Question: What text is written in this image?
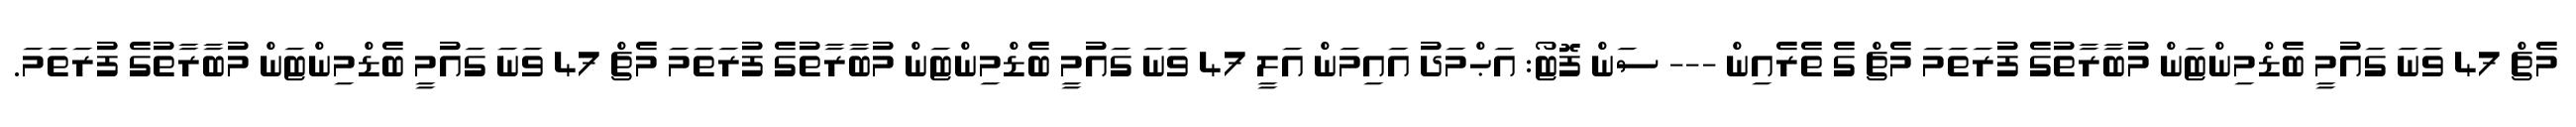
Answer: މެޗް 47 ވަނަ ގައުމީ ބެޑްމިންޓަން މުބާރާތުގެ ފުރަތަމަ މެޗް ގެ ތެރެއިން --- ސަން ފޮޓޯ: އަޙްމަދު އައިމަން އަލީ 47 ވަނަ ގައުމީ ބެޑްމިންޓަން މުބާރާތުގެ ފުރަތަމަ މެޗް 47 ވަނަ ގައުމީ ބެޑްމިންޓަން މުބާރާތުގެ ފުރަތަމަ.